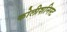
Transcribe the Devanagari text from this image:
कोलीशनिस्ट